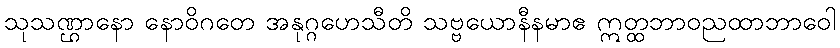
သုသဏ္ဌာနော နောဝိဂတေ အနုဂ္ဂဟေသီတိ သဗ္ဗယောနီနမာဧ ဣတ္ထဘာဝညထာဘာဝေါ